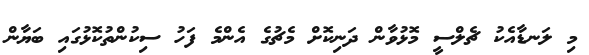
މި ލަނޑާއެކު ޗެލްސީ މޮޅުވާން ދަނިކޮށް މެޗުގެ އެންމެ ފަހު ސިކުންތުކޮޅުގައި ބަޔާން